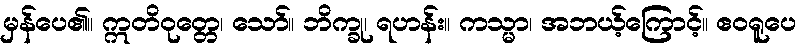
မှန်ပေ၏။ ဣတိဝုတ္တေ၊ သော်။ ဘိက္ခု၊ ရဟန်း။ ကသ္မာ၊ အဘယ့်ကြောင့်။ ဧဝရူပေ